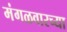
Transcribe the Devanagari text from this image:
मंगळवारच्या